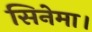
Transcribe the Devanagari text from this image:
सिनेमा।